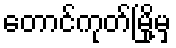
တောင်ကုတ်မြို့မှ